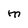
Character: M